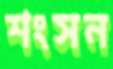
শংসন